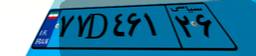
۱۰D۰۹۶۳۲